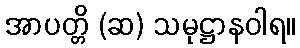
အာပတ္တိ (ဆ) သမုဋ္ဌာနဝါရ။